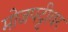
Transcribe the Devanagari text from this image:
मोजपट्टीवर